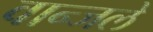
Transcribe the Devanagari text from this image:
वान्जले